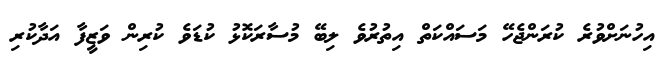
އިހުނަށްވުރެ ކުރަންޖެހޭ މަސައްކަތް އިތުރުވެ ލިބޭ މުސާރަކޮޅު ކުޑަވެ ކުރިން ވަޒީފާ އަދާކުރި